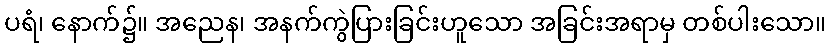
ပရံ၊ နောက်၌။ အညေန၊ အနက်ကွဲပြားခြင်းဟူသော အခြင်းအရာမှ တစ်ပါးသော။